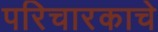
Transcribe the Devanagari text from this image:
परिचारकाचे